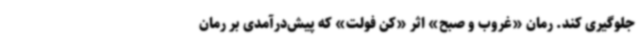
جلوگیری کند. رمان «غروب و صبح» اثر «کن فولت» که پیش‌درآمدی بر رمان